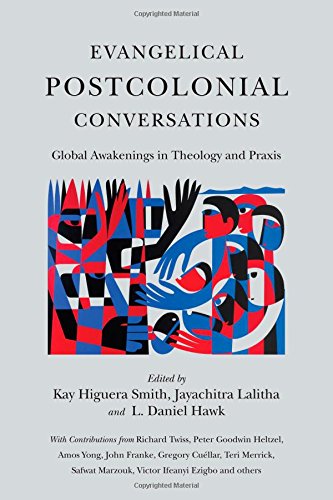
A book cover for Evangelical Postcolonial Conversations: Global Awakenings in Theology and Praxis; Christian Books & Bibles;